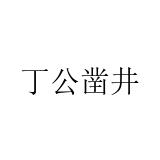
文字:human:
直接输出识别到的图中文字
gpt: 丁公凿井